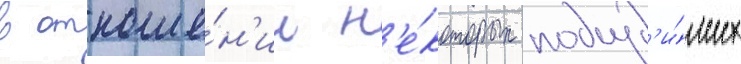
в отноше́н'ии н'е́которых подсуд'и́мых